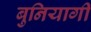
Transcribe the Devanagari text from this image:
बुनियागी